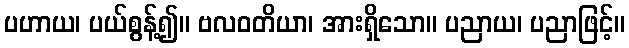
ပဟာယ၊ ပယ်စွန့်၍။ ဗလဝတိယာ၊ အားရှိသော။ ပညာယ၊ ပညာဖြင့်။